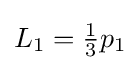
L_{1}={\tfrac {1}{3}}p_{1}